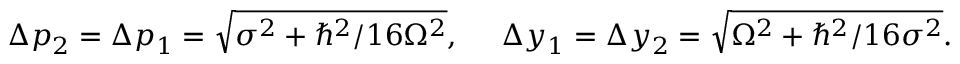
\Delta p _ { 2 } = \Delta p _ { 1 } = { \sqrt { \sigma ^ { 2 } + { \hbar ^ { 2 } / 1 6 \Omega ^ { 2 } } } } , ~ ~ ~ ~ \Delta y _ { 1 } = \Delta y _ { 2 } = { \sqrt { \Omega ^ { 2 } + \hbar ^ { 2 } / 1 6 \sigma ^ { 2 } } } .